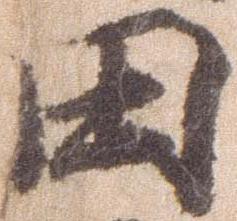
田